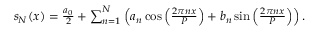
\begin{array} { r } { s _ { N } ( x ) = { \frac { a _ { 0 } } { 2 } } + \sum _ { n = 1 } ^ { N } \left( a _ { n } \cos \left( { \frac { 2 \pi n x } { P } } \right) + b _ { n } \sin \left( { \frac { 2 \pi n x } { P } } \right) \right) . } \end{array}